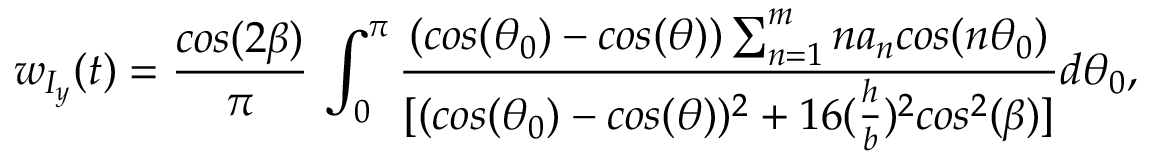
w _ { I _ { y } } ( t ) = \frac { c o s ( 2 \beta ) } { \pi } \, \int _ { 0 } ^ { \pi } \frac { ( c o s ( \theta _ { 0 } ) - c o s ( \theta ) ) \sum _ { n = 1 } ^ { m } n a _ { n } c o s ( n \theta _ { 0 } ) } { [ ( c o s ( \theta _ { 0 } ) - c o s ( \theta ) ) ^ { 2 } + 1 6 ( \frac { h } { b } ) ^ { 2 } c o s ^ { 2 } ( \beta ) ] } { d \theta _ { 0 } } ,